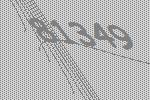
81349